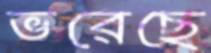
ভরেছে